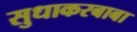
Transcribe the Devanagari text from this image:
सुधाकरबाबा